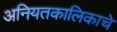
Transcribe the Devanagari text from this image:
अनियतकालिकाचे